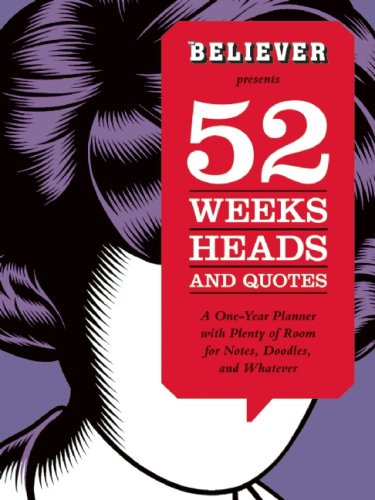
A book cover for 52 Weeks, Heads, and Quotes; Calendars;